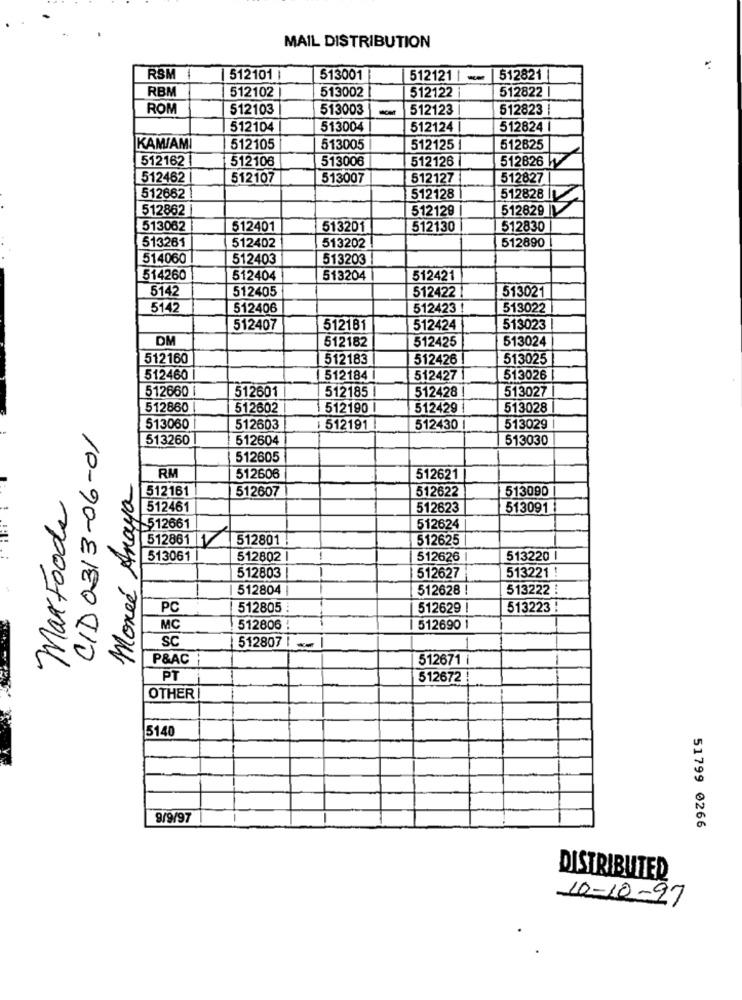
MAIL DISTRIBUTION
RSM 1
512101 1
513001
512121 | -
512821
RBM
512102
513002
512122 |
512822
ROM
512103
513003
-
512123
512823 |
512104
513004
512124 |
512824
KAMIAMI
512105
513005
512125 |
512825
512162
512108
513006
512126
512826 W
512462
512107
513007
512127
512827
512662
512128
512828 I
512862
512129
512829
513062
512401
513201
512130
512830
513261
512402
513202
512890
514060
512403
513203
514260
512404
513204
512421
5142
512405
513021
512422
5142
512406
512423 !
513022
512407
512181
512424
513023
DM
512182
513024
512425
512160
512183
512426
513025
512460
512184
512427 |
513026
512660 |
512601
512185 |
512428!
513027
512860
512602
512190 I
512429
513028
CID 0313-06-01
513060
512603
512191
512430 |
513029
513260
512604
513030
512605
Monéé Anaya
RM
512606
512621
512161
512607
512622
513090
MaxFoods
512461
512623
513091
-512661
512624
512861 1512801
512625
513061
512802
-
512626
513220 I
512627
513221 !
512803
512804
512628 !
513222 !
PC
512805 :
512629 !
513223 !
MC
512806
512690 1
SC
512807 1
-
P&AC
512671 i
PT
512672
OTHER
5140
9/9/97
51799 0266
DISTRIBUTED
10-10-97